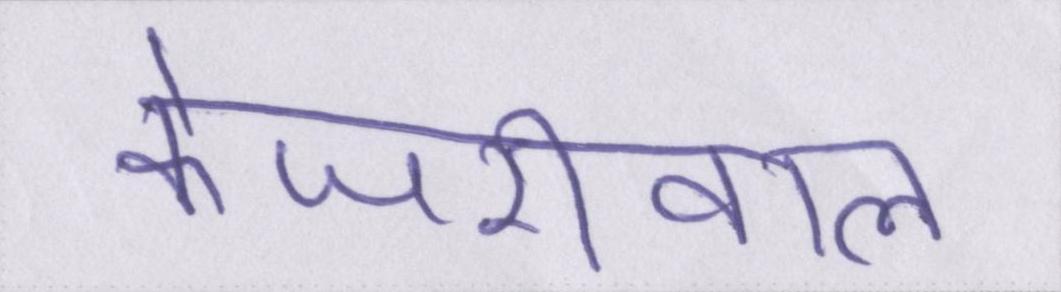
केजरीवाल